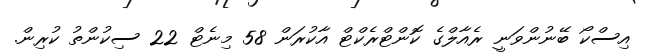
އިސްކޯ ބޭނުންވަނީ ރެއާލްގެ ކޮންޓްރެކްޓް އާކުރަން 58 މިނެޓް 22 ސިކުންތު ކުރިން.